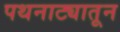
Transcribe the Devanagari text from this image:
पथनाट्यातून